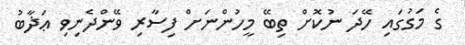
ގެ މަގުގައި ހޭދަ ނުކޮށް ތިބޭ މީހުންނަށް ފިސާރި ވޭންދެނިވި ޢަޛާބު